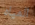
المياه